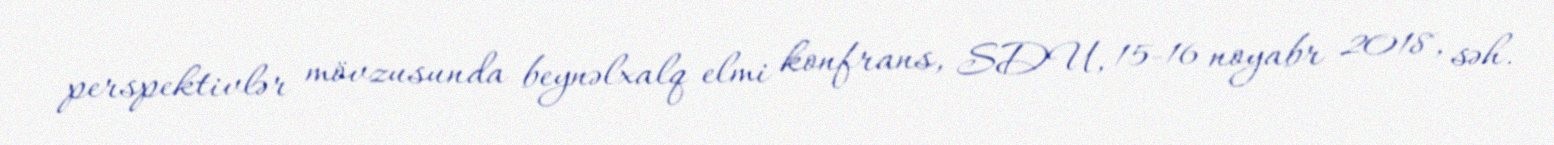
perspektivlər mövzusunda beynəlxalq elmi konfrans, SDU, 15-16 noyabr 2018, səh.